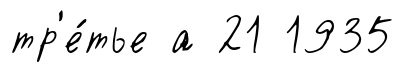
тр'е́тье а 21 1935